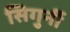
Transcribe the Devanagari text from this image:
सिगुर्नी